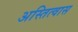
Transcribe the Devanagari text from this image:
अस्तित्वास